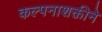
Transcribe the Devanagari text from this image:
कल्पनाशक्तीने